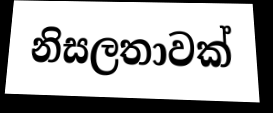
නිසලතාවක්